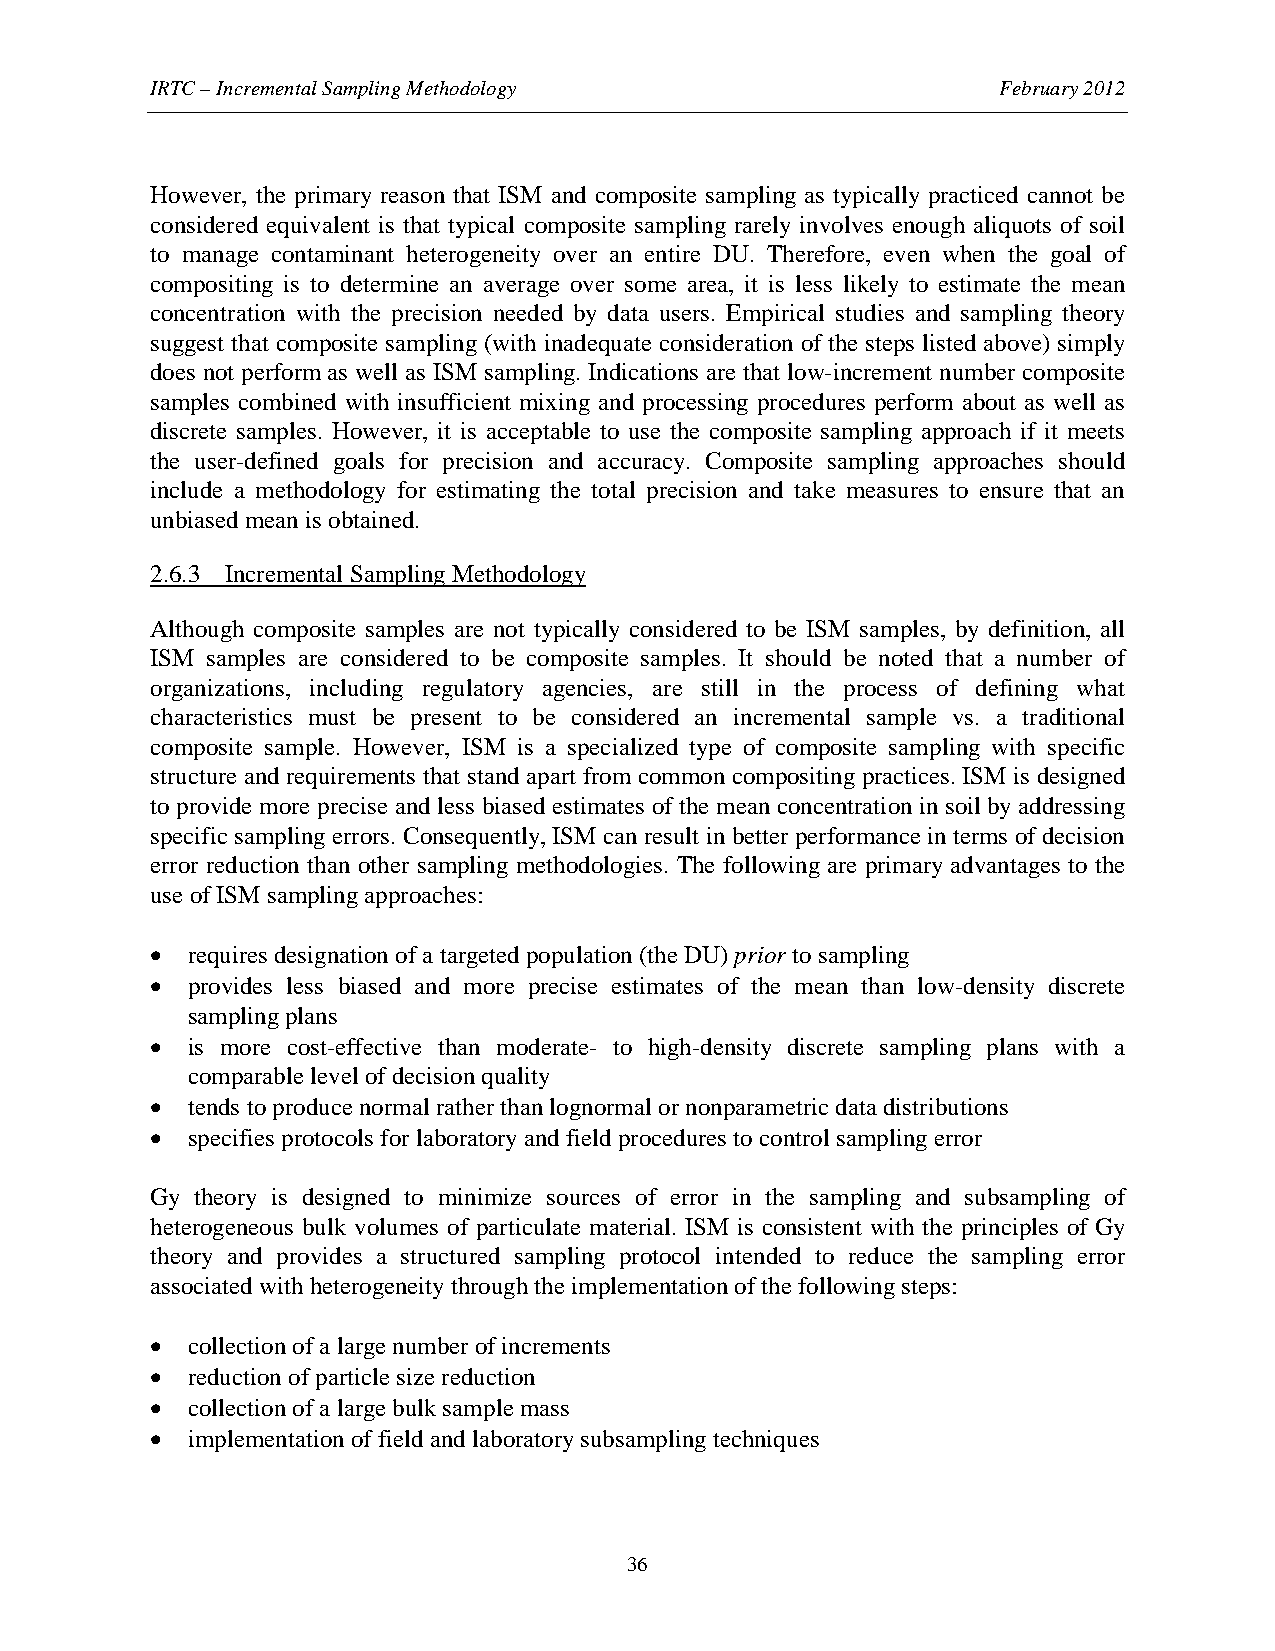
IRTC – Incremental Sampling Methodology                 February 2012
 However, the primary reason that ISM and composite sampling as typically practiced cannot be
 considered equivalent is that typical composite sampling rarely involves enough aliquots of soil
 to manage contaminant heterogeneity over an entire DU. Therefore, even when the goal of
 compositing is to determine an average over some area, it is less likely to estimate the mean
 concentration with the precision needed by data users. Empirical studies and sampling theory
 suggest that composite sampling (with inadequate consideration of the steps listed above) simply
 does not perform as well as ISM sampling. Indications are that low-increment number composite
 samples combined with insufficient mixing and processing procedures perform about as well as
 discrete samples. However, it is acceptable to use the composite sampling approach if it meets
 the user-defined goals for precision and accuracy. Composite sampling approaches should
 include a methodology for estimating the total precision and take measures to ensure that an
 unbiased mean is obtained.
 2.6.3 Incremental Sampling Methodology
 Although composite samples are not typically considered to be ISM samples, by definition, all
 ISM samples are considered to be composite samples. It should be noted that a number of
 organizations, including regulatory agencies, are still in the process of defining what
 characteristics must be present to be considered an incremental sample vs. a traditional
 composite sample. However, ISM is a specialized type of composite sampling with specific
 structure and requirements that stand apart from common compositing practices. ISM is designed
 to provide more precise and less biased estimates of the mean concentration in soil by addressing
 specific sampling errors. Consequently, ISM can result in better performance in terms of decision
 error reduction than other sampling methodologies. The following are primary advantages to the
 use of ISM sampling approaches:
 • requires designation of a targeted population (the DU) prior to sampling
 • provides less biased and more precise estimates of the mean than low-density discrete
 sampling plans
 • is more cost-effective than moderate- to high-density discrete sampling plans with a
 comparable level of decision quality
 • tends to produce normal rather than lognormal or nonparametric data distributions
 • specifies protocols for laboratory and field procedures to control sampling error
 Gy theory is designed to minimize sources of error in the sampling and subsampling of
 heterogeneous bulk volumes of particulate material. ISM is consistent with the principles of Gy
 theory and provides a structured sampling protocol intended to reduce the sampling error
 associated with heterogeneity through the implementation of the following steps:
 • collection of a large number of increments
 • reduction of particle size reduction
 • collection of a large bulk sample mass
 • implementation of field and laboratory subsampling techniques
 36